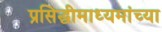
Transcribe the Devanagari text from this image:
प्रसिद्धीमाध्यमांच्या